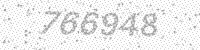
Solution: 766948